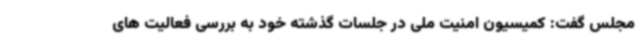
مجلس گفت: کمیسیون امنیت ملی در جلسات گذشته خود به بررسی فعالیت های